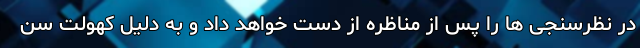
در نظرسنجی ها را پس از مناظره از دست خواهد داد و به دلیل کهولت سن